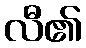
လီ၏